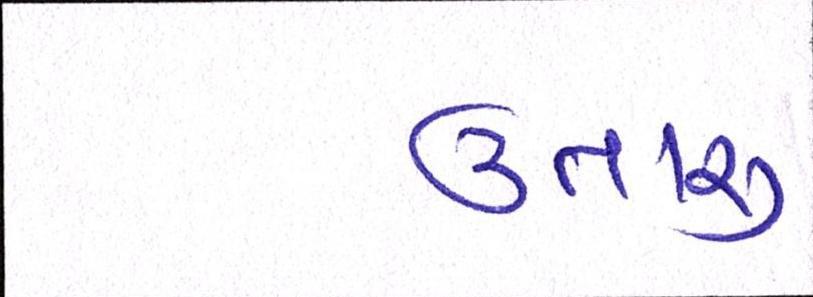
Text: ઉતારુ